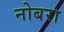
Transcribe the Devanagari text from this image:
नोबरा